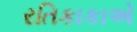
રતિકાકાએ